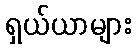
ရှယ်ယာများ